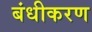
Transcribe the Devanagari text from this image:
बंधीकरण